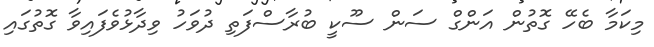
މިކަމާ ބެހޭ ގޮތުން އަންގް ސަން ސޫކީ ބުރާސްފަތި ދުވަހު ވިދާޅުވެފައިވާ ގޮތުގައި